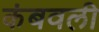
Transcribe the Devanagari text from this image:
कंबवली